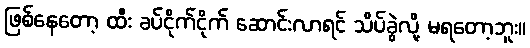
ဖြစ်နေတော့ ထီး ခပ်ငိုက်ငိုက် ဆောင်းလာရင် သိပ်ခွဲလို့ မရတော့ဘူး။